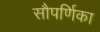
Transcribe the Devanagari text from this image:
सौपर्णिका